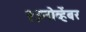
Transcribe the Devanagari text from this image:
२३नोव्हेंबर